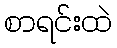
စာရင်းထဲ